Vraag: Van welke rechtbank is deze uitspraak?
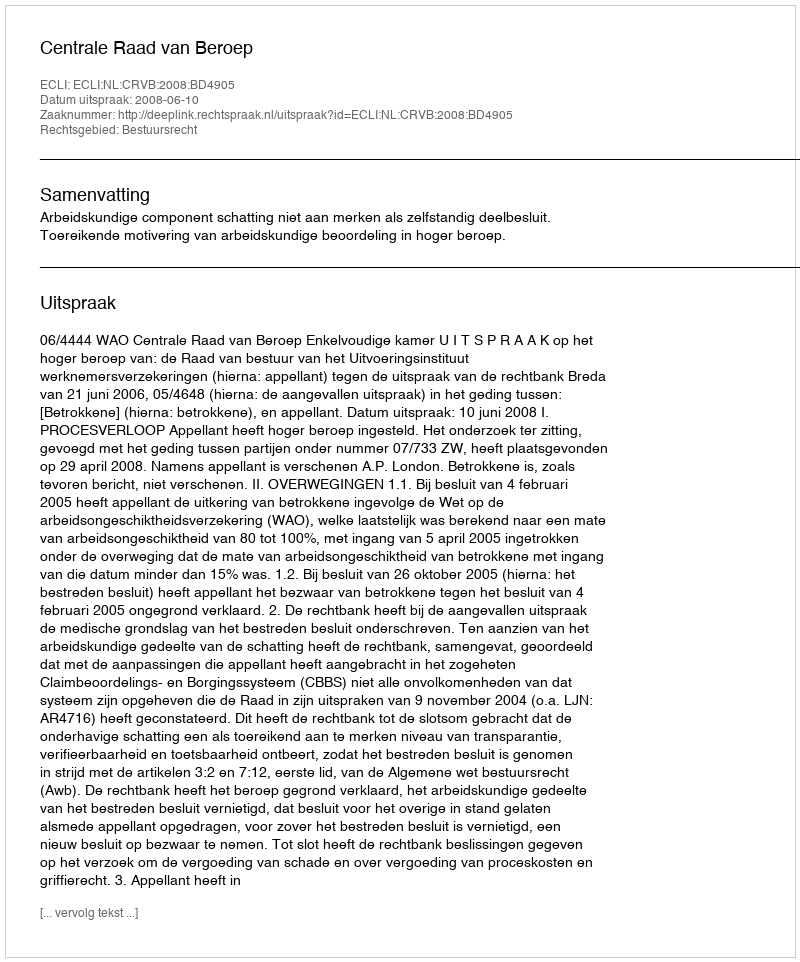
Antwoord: Centrale Raad van Beroep